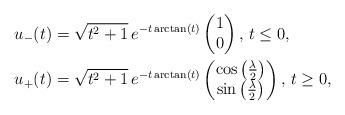
LaTeX: \begin{align*}u_-(t)&=\sqrt{t^2+1}\,e^{-t\arctan(t)}\begin{pmatrix} 1\\0\end{pmatrix},\, t\leq 0,\\ u_+(t)&=\sqrt{t^2+1}\,e^{-t\arctan(t)}\begin{pmatrix} \cos\left(\frac{\lambda}{2}\right)\\ \sin\left(\frac{\lambda}{2}\right)\end{pmatrix},\,t\geq 0,\end{align*}